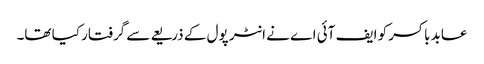
عابد باکسر کو ایف آئی اے نے انٹر پول کے ذریعے سے گرفتار کیا تھا۔